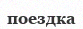
поездка